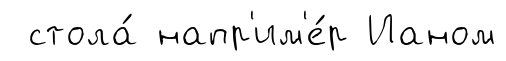
стола́ напр'им'е́р Ианом